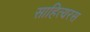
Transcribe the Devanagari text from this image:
साहित्यरस